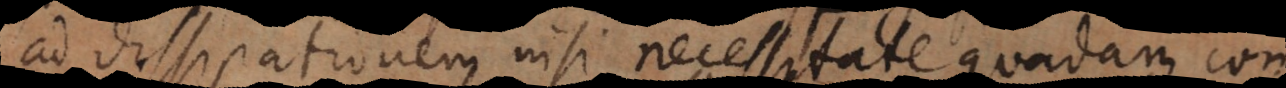
ad dissipationem nisi necessitate quadam